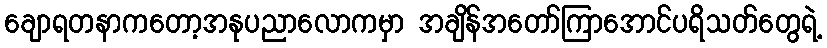
ချောရတနာကတော့အနုပညာလောကမှာ အချိန်အတော်ကြာအောင်ပရိသတ်တွေရဲ့